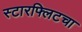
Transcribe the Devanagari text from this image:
स्टारफ्लिटचा